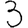
Digit: 3